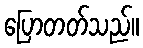
ပြောတတ်သည်။